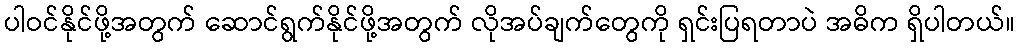
ပါဝင်နိုင်ဖို့အတွက် ဆောင်ရွက်နိုင်ဖို့အတွက် လိုအပ်ချက်တွေကို ရှင်းပြရတာပဲ အဓိက ရှိပါတယ်။